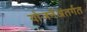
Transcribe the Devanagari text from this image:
योजनेंअंतर्गत